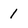
Character: 1